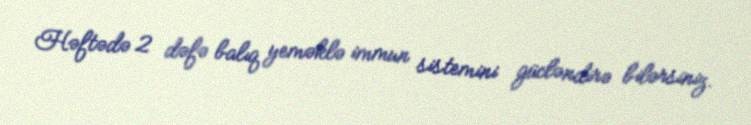
Həftədə 2 dəfə balıq yeməklə immun sistemini gücləndirə bilərsiniz.